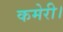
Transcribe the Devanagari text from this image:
कमेरी।